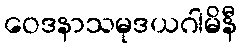
ဝေဒနာသမုဒယဂါမိနီ